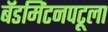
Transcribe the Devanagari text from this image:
बॅडमिंटनपटूला